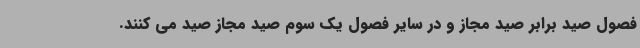
فصول صید برابر صید مجاز و در سایر فصول یک سوم صید مجاز صید می کنند.